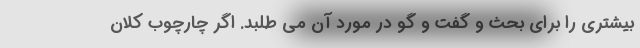
بیشتری را برای بحث و گفت و گو در مورد آن می طلبد. اگر چارچوب کلان